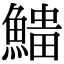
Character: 𩺅